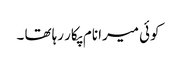
کوئی میرا نام پکار رہا تھا ۔